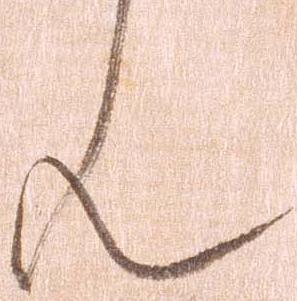
ん